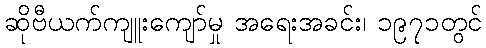
ဆိုဗီယက်ကျူးကျော်မှု အရေးအခင်း၊ ၁၉၇၁တွင်